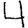
Digit: 4